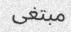
مبتغى